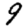
Digit: 9